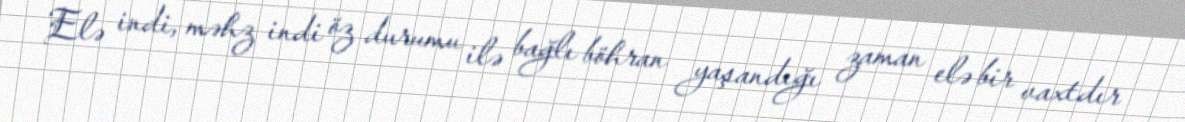
Elə indi, məhz indi öz durumu ilə bağlı böhran yaşandığı zaman elə bir vaxtdır